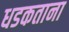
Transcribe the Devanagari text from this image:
धडकताना